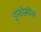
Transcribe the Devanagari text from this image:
इंफोस्पेस